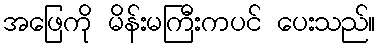
အဖြေကို မိန်းမကြီးကပင် ပေးသည်။